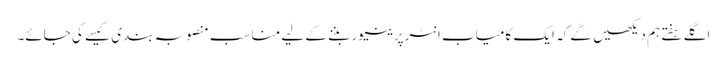
اگلے ہفتے ہم دیکھیں گے کہ ایک کامیاب انٹرپرینیور بننے کے لیے مناسب منصوبہ بندی کیسے کی جائے۔